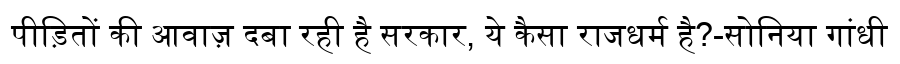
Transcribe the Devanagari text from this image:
पीड़ितों की आवाज़ दबा रही है सरकार, ये कैसा राजधर्म है?-सोनिया गांधी